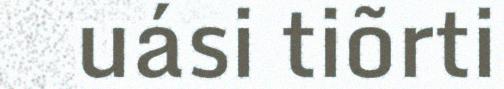
uási tiõrti